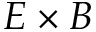
E \times B